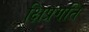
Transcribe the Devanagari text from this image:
क्षिप्रगति